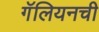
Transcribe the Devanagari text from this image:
गॅलियनची